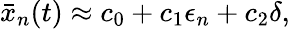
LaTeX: \bar{x}_{n}(t)\approx c_{0}+c_{1}\epsilon_{n}+c_{2}\delta,